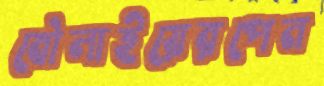
বৌলাইয়েরপেন